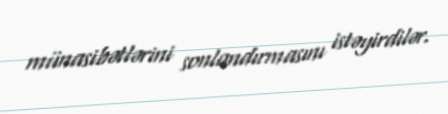
münasibətlərini sonlandırmasını istəyirdilər.